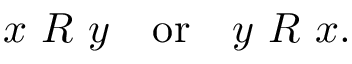
x \ R \ y \quad { \mathrm { o r } } \quad y \ R \ x .